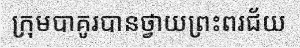
ក្រុមបាគូរបានថ្វាយព្រះពរជ័យ